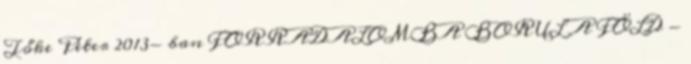
Tőke Péter 2013- ban FORRADALOMBA BORUL A FÖLD -